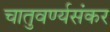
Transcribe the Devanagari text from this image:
चातुवर्ण्यसंकर